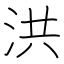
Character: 洪